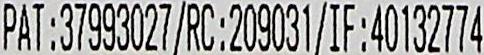
PAT:37993027/RC:209031/IF:40132774